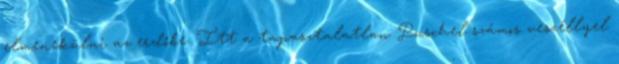
elmenekülni az erdőbe. Itt a tapasztalatlan Puschel számos veszéllyel